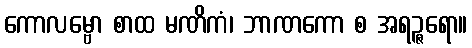
ကောလမ္ဗော စာထ မဏိကံ၊ ဘာဏကော စ အရဉ္ဇရော။